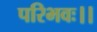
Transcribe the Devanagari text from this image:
परिभवः।।